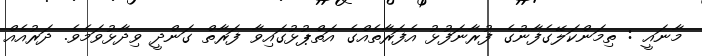
މާނައީ : ތިމަންކަލޭގެފާނުގެ ފުރާނަފުޅު އެފަރާތެއްގެ އަތްޕުޅުގައިވާ ފަރާތް ގަންދީ ވިދާޅުވަމެވެ. ދަރުއެއް